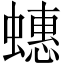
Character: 蟪